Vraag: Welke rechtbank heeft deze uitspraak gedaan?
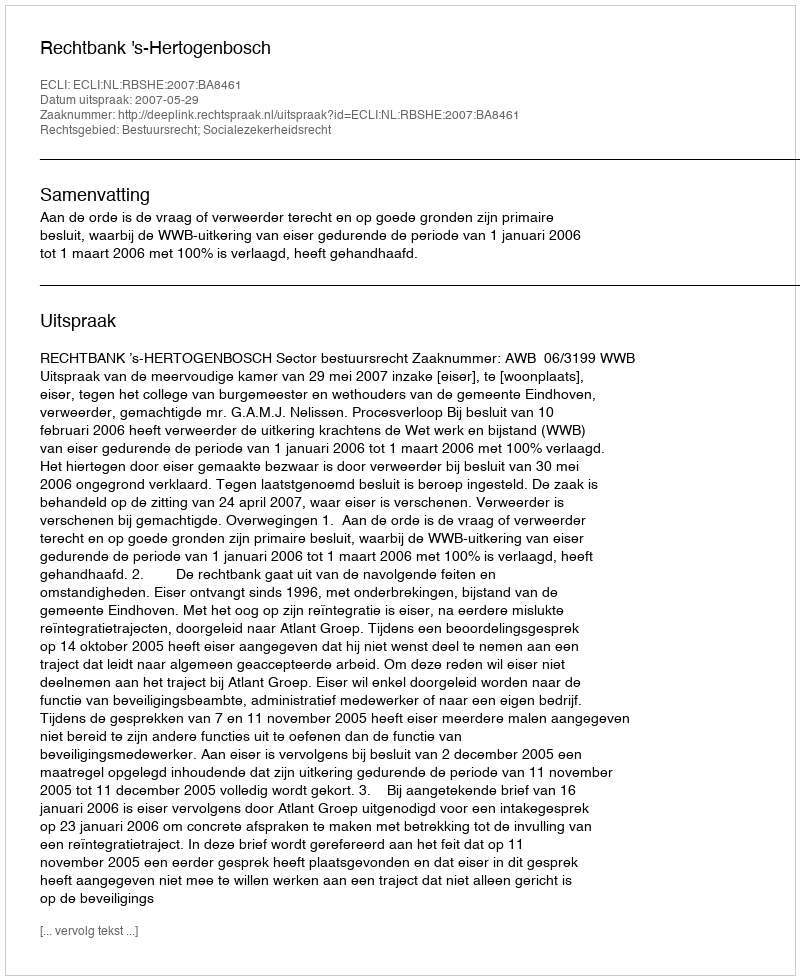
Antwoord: Rechtbank 's-Hertogenbosch